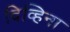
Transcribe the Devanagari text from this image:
दिव्हिना